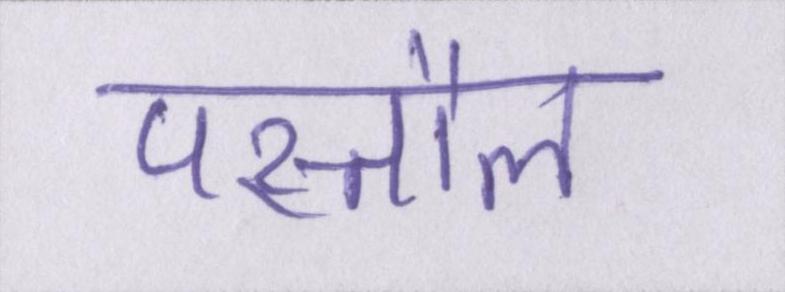
पस्तौल